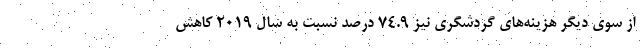
از سوی دیگر هزینه‌های گردشگری نیز ۷۴.۹ درصد نسبت به سال ۲۰۱۹ کاهش